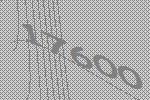
17600